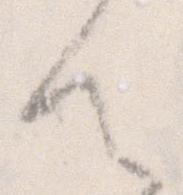
ん